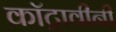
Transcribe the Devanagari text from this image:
कॉट्रावीनी